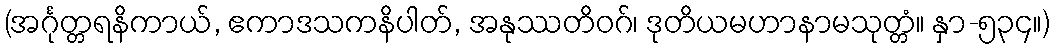
(အင်္ဂုတ္တရနိကာယ်, ဧကာဒသကနိပါတ်, အနုဿတိဝဂ်၊ ဒုတိယမဟာနာမသုတ္တံ။ နှာ-၅၃၄။)